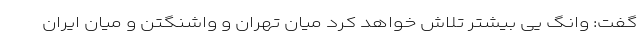
گفت: وانگ یی بیشتر تلاش‌ خواهد کرد میان تهران و واشنگتن و میان ایران